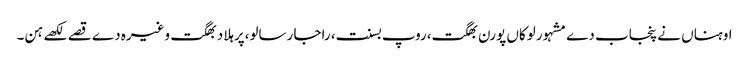
اوہناں نے پنجاب دے مشہور لوکاں پورن بھگت،روپ بسنت، راجا رسالو،پرہلاد بھگت وغیرہ دے قصے لکھے ہن۔